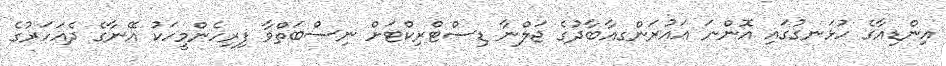
އިންޑިއާގެ ހުޅަނގުގައި އޮންނަ އައުރަންގއާބާދުގެ ޖަލްނާ ޑިސްޓްރިކްޓަށް ނިސްބަތްވާ ފިރިހެންމީހަކު އޭނާގެ ދެއަހަރުގެ